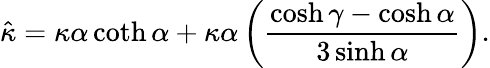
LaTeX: \hat{\kappa}=\kappa\alpha\coth\alpha+\kappa\alpha\left(\frac{\cosh\gamma-\cosh\alpha}{3\sinh\alpha}\right).